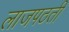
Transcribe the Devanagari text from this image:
लाजपठती